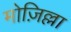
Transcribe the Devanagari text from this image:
मोज़िल्ला